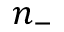
n _ { - }